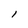
Character: l